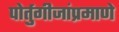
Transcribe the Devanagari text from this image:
पोर्तुगीजांप्रमाणे